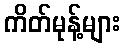
ကိတ်မုန့်များ